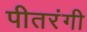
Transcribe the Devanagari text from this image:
पीतरंगी